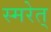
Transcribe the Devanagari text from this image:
स्मरेत्